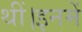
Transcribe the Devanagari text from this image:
थीं।इनमें